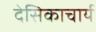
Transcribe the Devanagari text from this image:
देसिकाचार्य